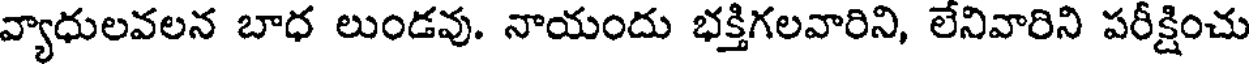
వ్యాధులవలన బాధ లుండవు. నాయందు భక్తిగలవారిని, లేనివారిని పరీక్షించు